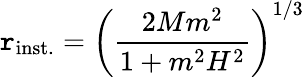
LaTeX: \mathtt{r}_{\mathrm{{inst.}}}=\left(\frac{{2Mm^{2}}}{{1+m^{2}H^{2}}}\right)^{1/3}